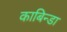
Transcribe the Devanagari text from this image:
काबिन्डा